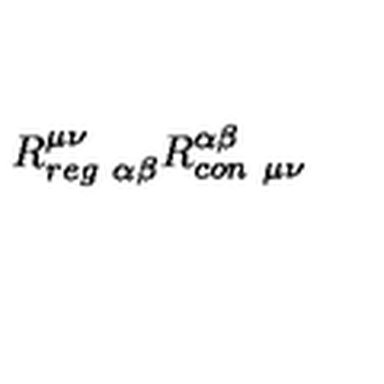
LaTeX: R _ { r e g \ \alpha \beta } ^ { \mu \nu } R _ { c o n \ \mu \nu } ^ { \alpha \beta }